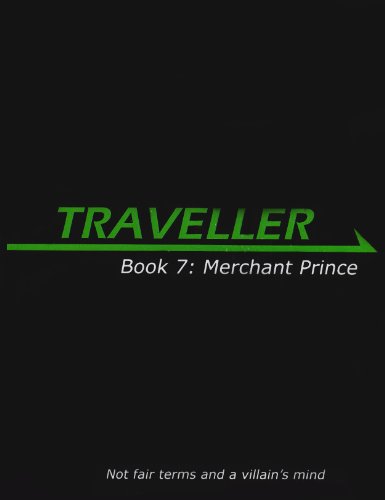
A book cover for Traveller Book 7: Merchant Prince (Traveller Sci-Fi Roleplaying); Bryan Steele; Science Fiction & Fantasy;